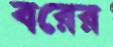
বরের